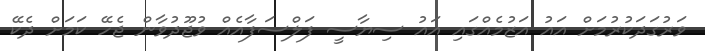
ވަރުގަދަކުރުމަށް އައު އަޒުމެއްގައި އައު ސިޔާސީ ފަލްސަފާއެއް ވުޖޫދުވާން ޖެހޭ ކަމަށް ދެކޭ